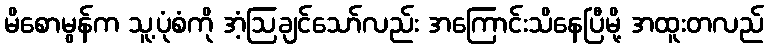
မိစောမွန်က သူ့ပုံစံကို အံ့ဩချင်သော်လည်း အကြောင်းသိနေပြီမို့ အထူးတလည်